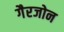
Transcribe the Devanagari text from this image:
गैरजोन